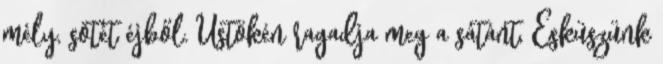
mély, sötét éjből. Üstökén ragadja meg a sátánt, Esküszünk